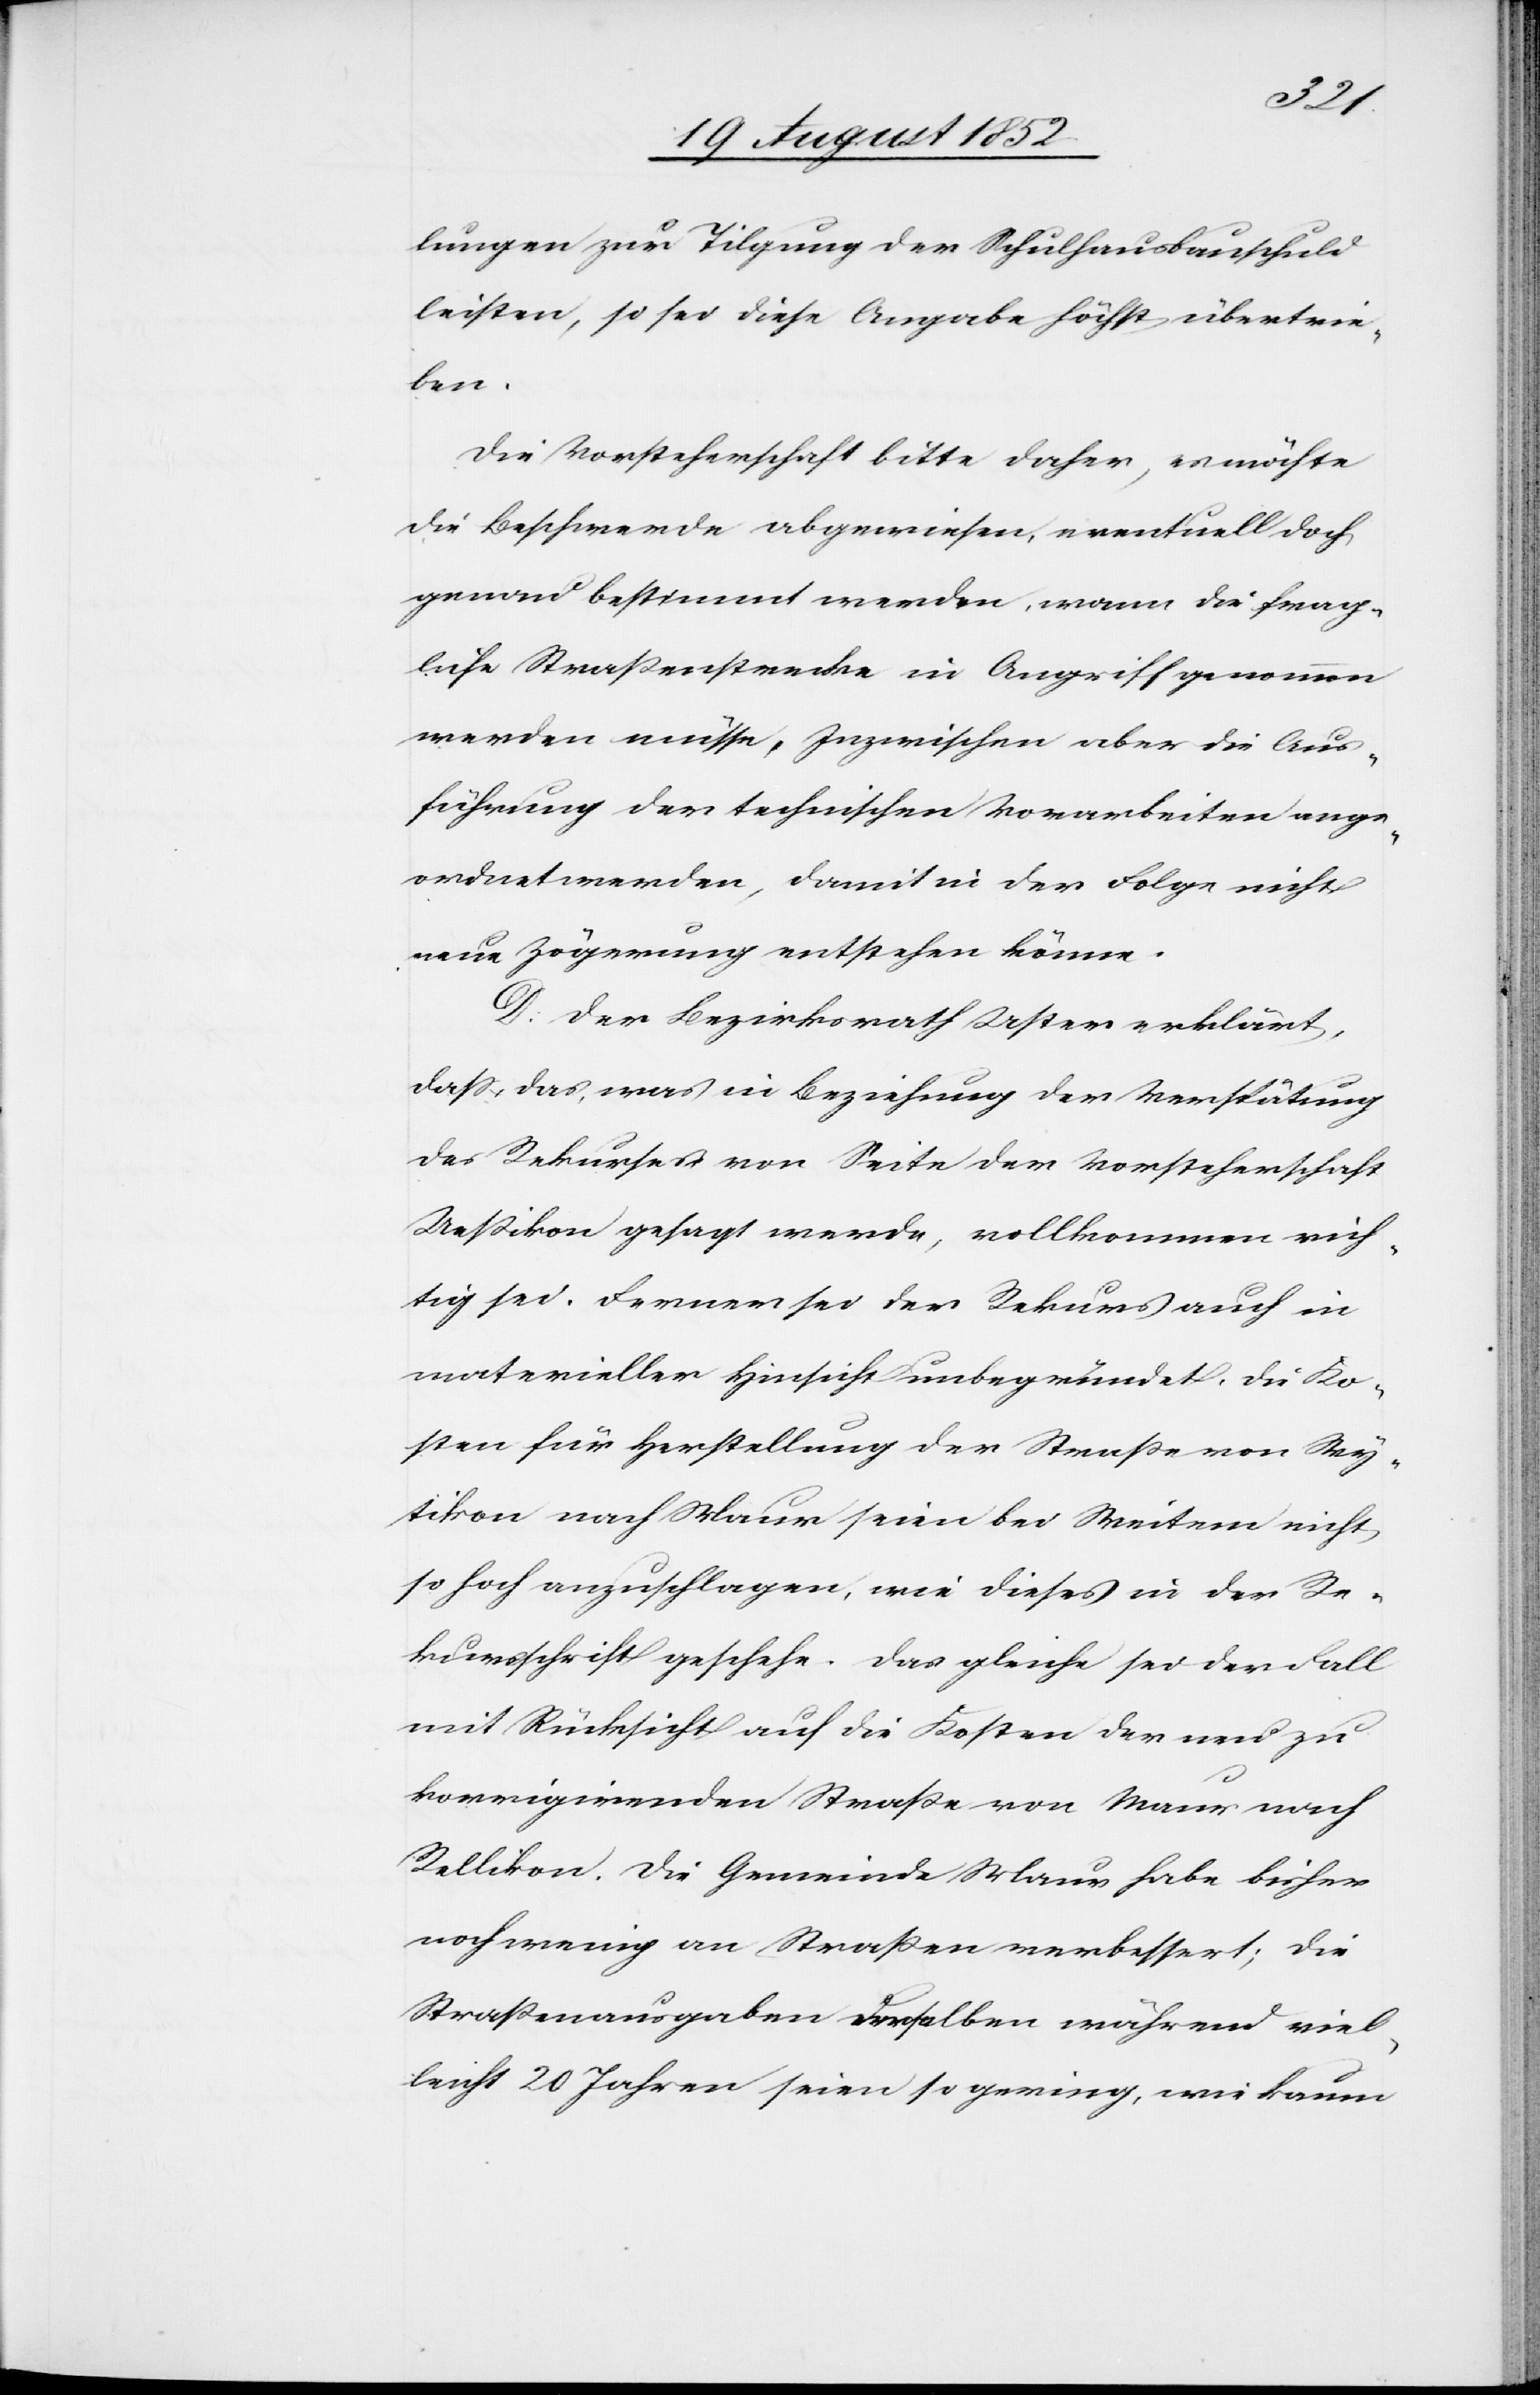
lungen zur Tilgung der Schulhausbauschuld
leisten, so sei diese Angabe höchst übertrie¬
ben.
Die Vorsteherschaft bitte daher, es möchte
die Beschwerde abgewiesen, eventuell doch
genau bestimmt werden, wann die frag¬
liche Straßenstrecke in Angriff genommen
werden müsse, Inzwischen [sic!] aber die Aus¬
führung der technischen Vorarbeiten ange¬
ordnet werden, damit in der Folge nicht
neue Zögerung entstehen könne.
D. Der Bezirksrath Uster erklärt,
dass, das, was in Beziehung der Verspätung
des Rekurses von Seite der Vorsteherschaft
Ueßikon gesagt werde, vollkommen rich¬
tig sei. Ferner sei der Rekurs auch in
materieller Hinsicht unbegründet, die Ko¬
sten für Herstellung der Straße von Wy¬
tikon nach Maur seien bei Weitem nicht
so hoch anzuschlagen, wie dieses in der Re¬
kursschrift geschehe. Das gleiche sei der Fall
mit Rücksicht auf die Kosten der neu zu
korrigirenden Straße von Maur nach
Rellikon. Die Gemeinde Maur habe bisher
noch wenig an Straßen verbessert; die
Straßenausgaben Derselben während viel¬
leicht 20 Jahren seien so gering, wie kaum